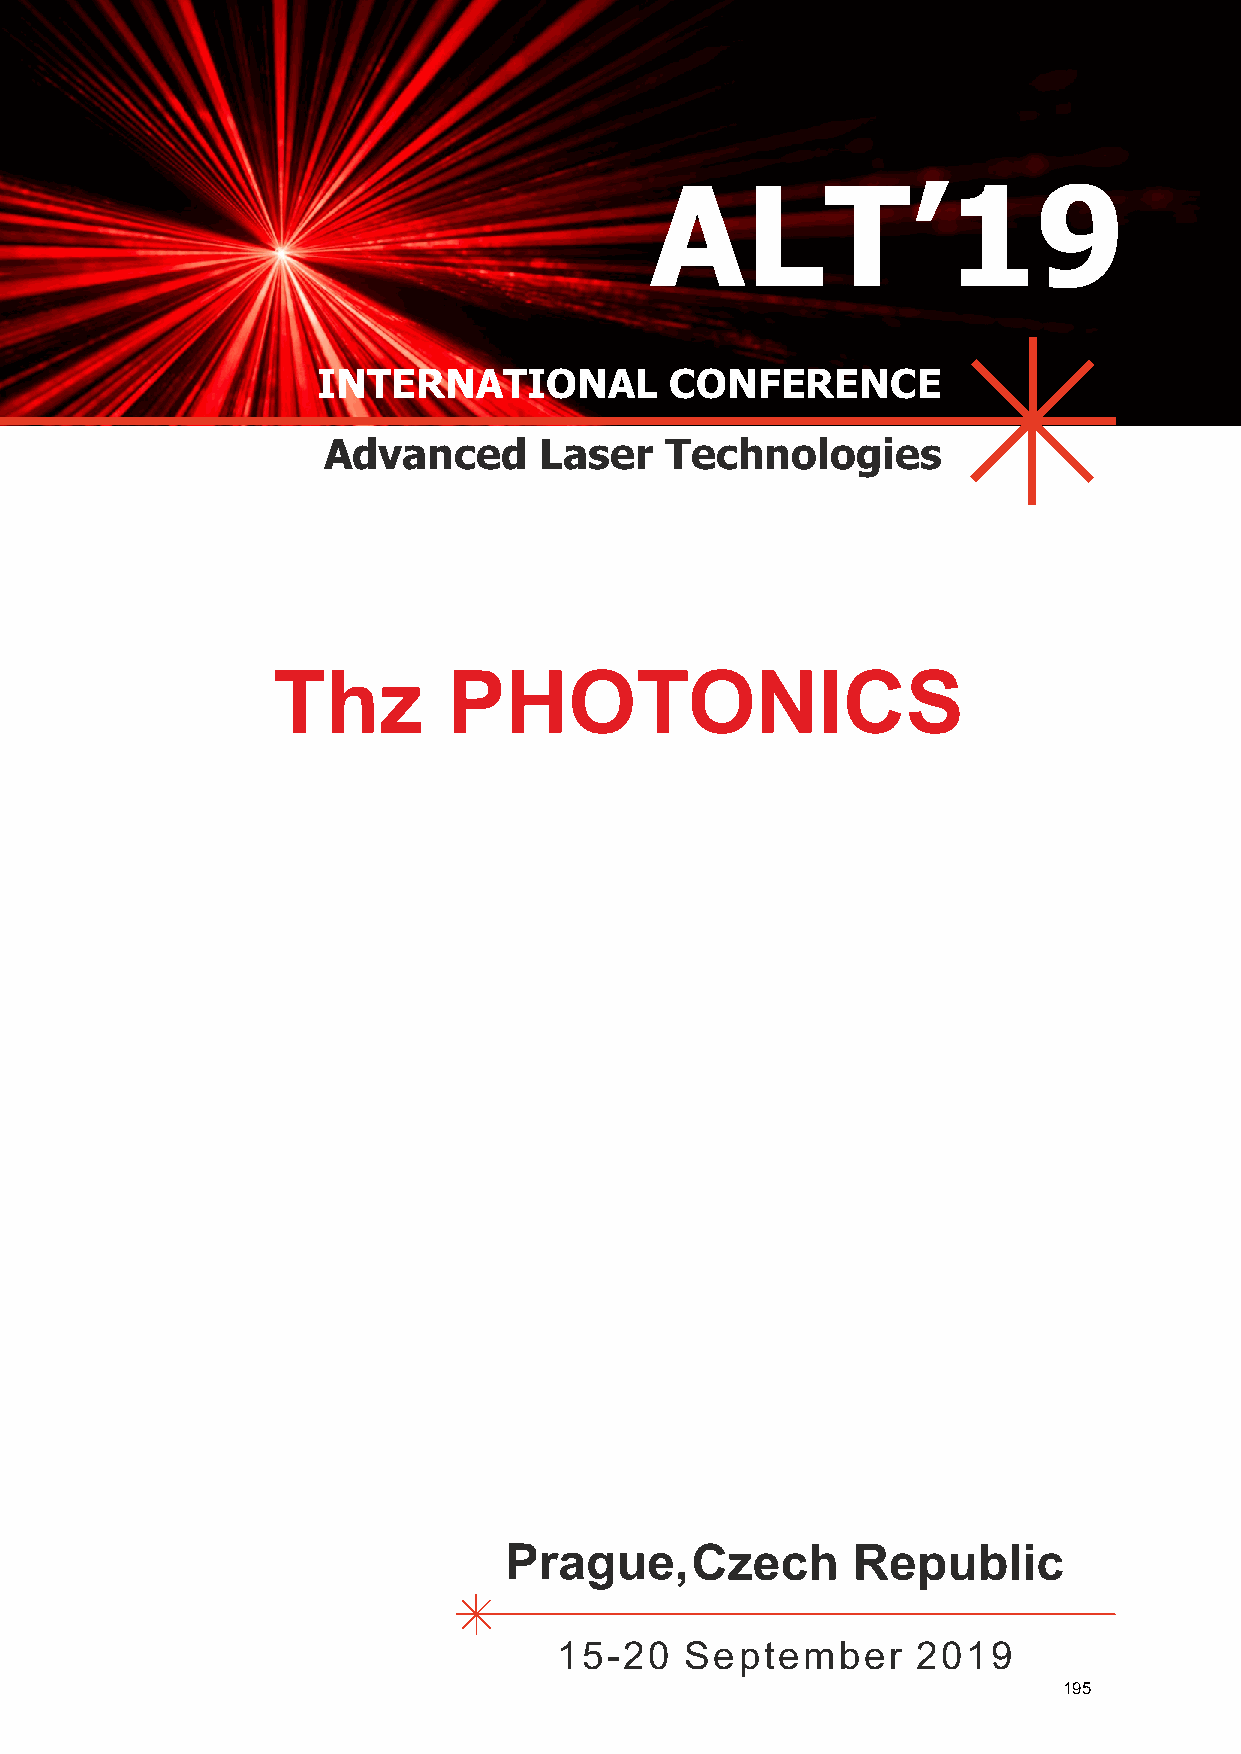
ALT’19
 INTERNATIONAL          CONFERENCE
 Advanced       Laser   Technologies
 Thz         PHOTONICS
 PHOTONICS: FUNDAMENTALS,
 APPLICATIONS AND INTEGRATION
 Prague,Czech           Republic
 15-20   September       2019
 195